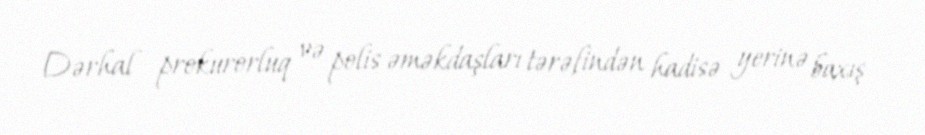
Dərhal prokurorluq və polis əməkdaşları tərəfindən hadisə yerinə baxış